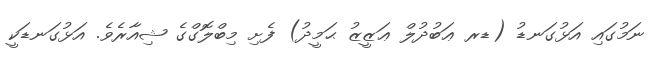
ނަމުގައި އަޅުގަނޑު (ޑރ ޢަބުދުލް ޢަޒީޒު ޙަމީދު) ފެށި މިބްލޮގްގެ ޝިއާރެވެ. އަޅުގަނޑަކީ